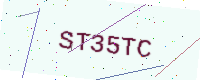
Text: ST35TC